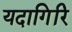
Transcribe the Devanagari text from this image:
यदागिरि